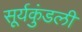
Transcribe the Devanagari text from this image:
सूर्यकुंडली